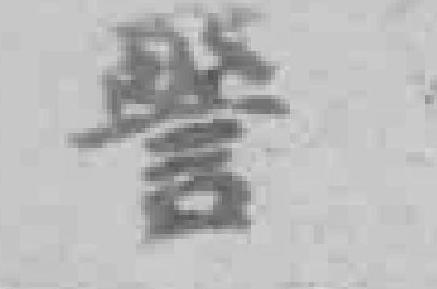
警